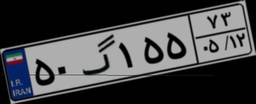
۹۳گ۶۶۹۵۳